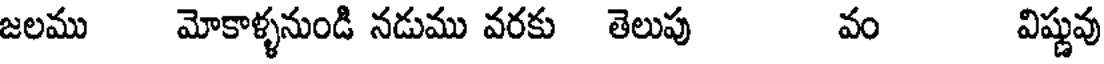
జలము మోకాళ్ళనుండి నడుము వరకు తెలుపు వం విష్ణువు